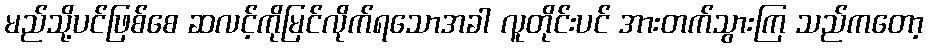
မည်သို့ပင်ဖြစ်စေ ဆလင့်ကိုမြင်လိုက်ရသောအခါ လူတိုင်းပင် အားတက်သွားကြ သည်ကတော့